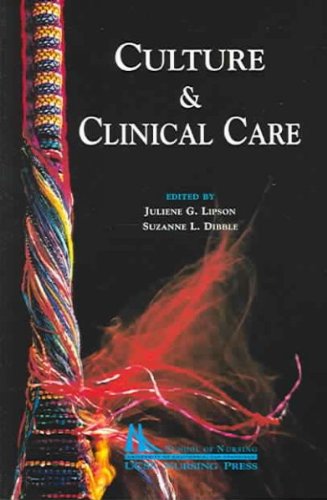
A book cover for Culture & Clinical Care; Medical Books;